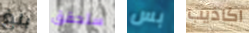
بلغ ستحقق بس اكاذيب